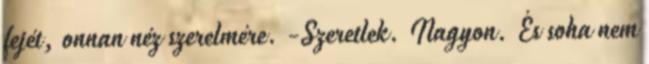
fejét, onnan néz szerelmére. -Szeretlek. Nagyon. És soha nem